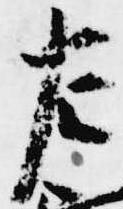
左